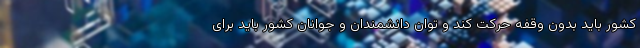
کشور باید بدون وقفه حرکت کند و توان دانشمندان و جوانان کشور باید برای